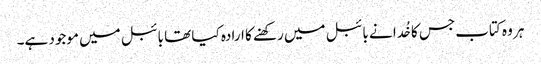
ہر وہ کتاب جس کا خُدا نے بائبل میں رکھنے کا ارادہ کیا تھا بائبل میں موجود ہے۔